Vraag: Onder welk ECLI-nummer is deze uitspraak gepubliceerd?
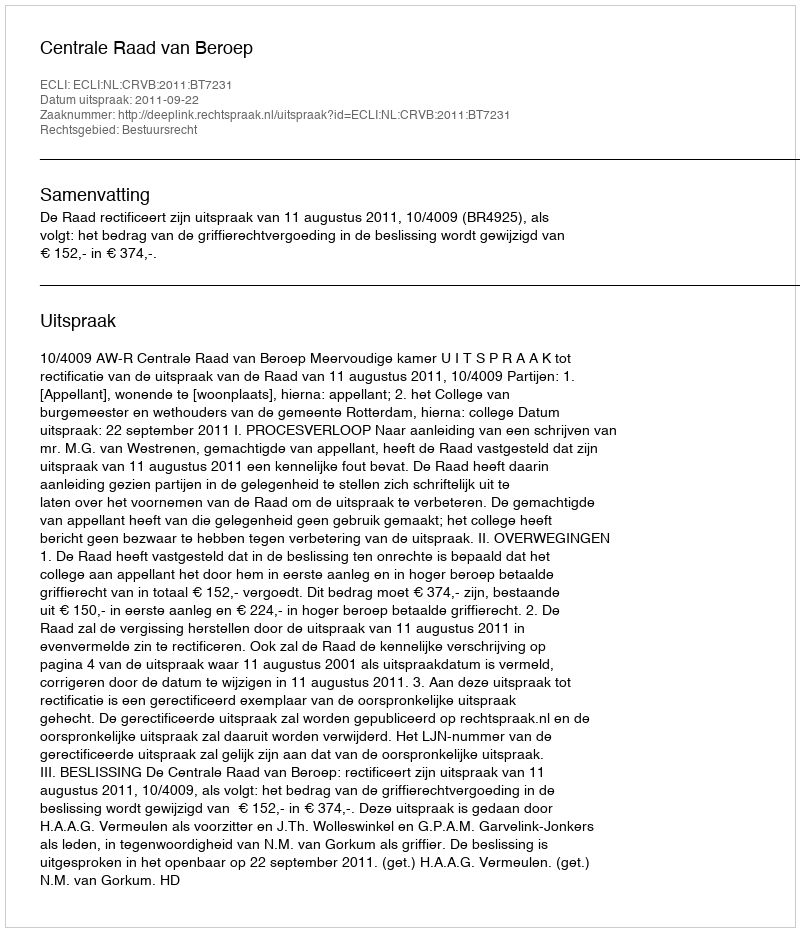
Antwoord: ECLI:NL:CRVB:2011:BT7231